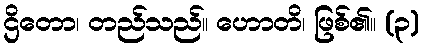
ဌိတော၊ တည်သည်။ ဟောတိ၊ ဖြစ်၏။ (၃)